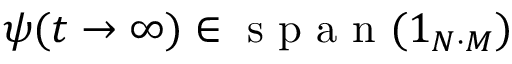
\psi ( t \rightarrow \infty ) \in \mathrm { ~ s ~ p ~ a ~ n ~ } ( 1 _ { N \cdot M } )